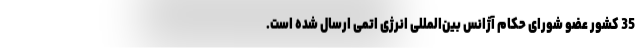
35 کشور عضو شورای حکام آژانس بین‌المللی انرژی اتمی ارسال شده است.